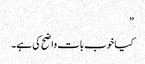
”
کیا خوب بات واضح کی ہے۔